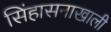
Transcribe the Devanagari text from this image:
सिंहासनाखाली